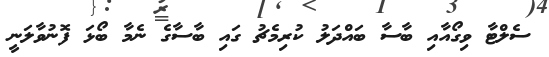
ސެލްޓާ ވިގޯއާއި ބާސާ ބައްދަލު ކުރިމެޗު ގައި ބާސާގެ ނެމާ ބޯޅަ ފޮނުވާލަނީ